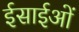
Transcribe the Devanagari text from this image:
ईसाईओं